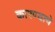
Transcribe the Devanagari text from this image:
कारण्याचे